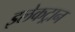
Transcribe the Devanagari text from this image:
इलेकट्रान